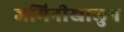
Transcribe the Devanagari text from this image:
जमिनीखालुन